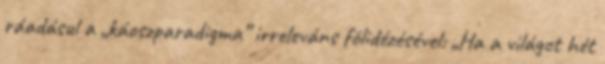
ráadásul a „káoszparadigma” irreleváns fölidézésével: „Ha a világot hét